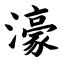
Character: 濠